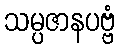
သမ္ပဇာနပဗ္ဗံ